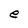
Character: e